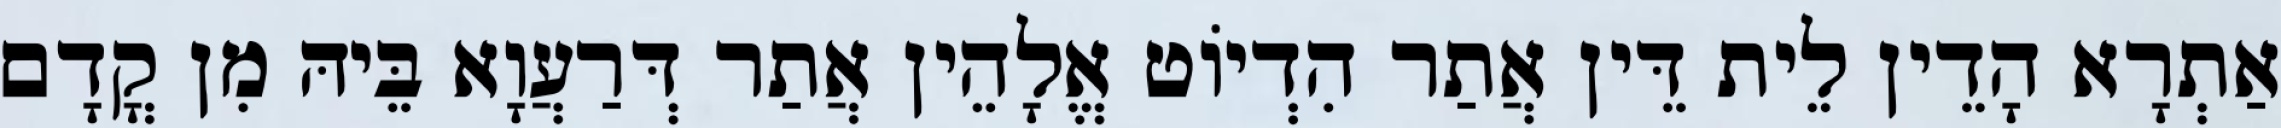
אַתְרָא הָדֵין לֵית דֵּין אֲתַר הִדְיוֹט אֱלָהֵין אֲתַר דְּרַעֲוָא בֵּיהּ מִן קֳדָם